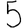
Digit: 5